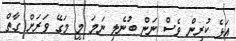
އަޅެ ކުރިން ވެސް ނަން ބުނެލި ނަމަ މީ މަގޭ ވަރަށް ގާތް